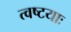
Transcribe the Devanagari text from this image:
त्वष्टयाः